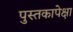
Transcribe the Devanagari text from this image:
पुस्तकापेक्षा